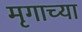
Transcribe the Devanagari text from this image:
मृगाच्या